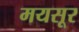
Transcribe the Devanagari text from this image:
मयसूर